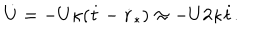
\dot { U } = - U \kappa ( \dot { t } - \dot { r } _ { * } ) \approx - U 2 \kappa \dot { t } .